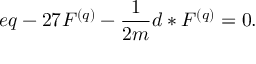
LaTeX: e q - 2 7 F ^ { ( q ) } - \frac { 1 } { 2 m } d \ast F ^ { ( q ) } = 0 .